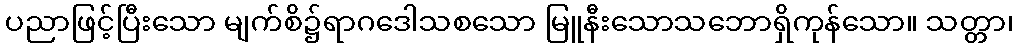
ပညာဖြင့်ပြီးသော မျက်စိ၌ရာဂဒေါသစသော မြူနီးသောသဘောရှိကုန်သော။ သတ္တာ၊